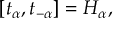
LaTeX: [ t _ { \alpha } , t _ { - \alpha } ] = H _ { \alpha } ,